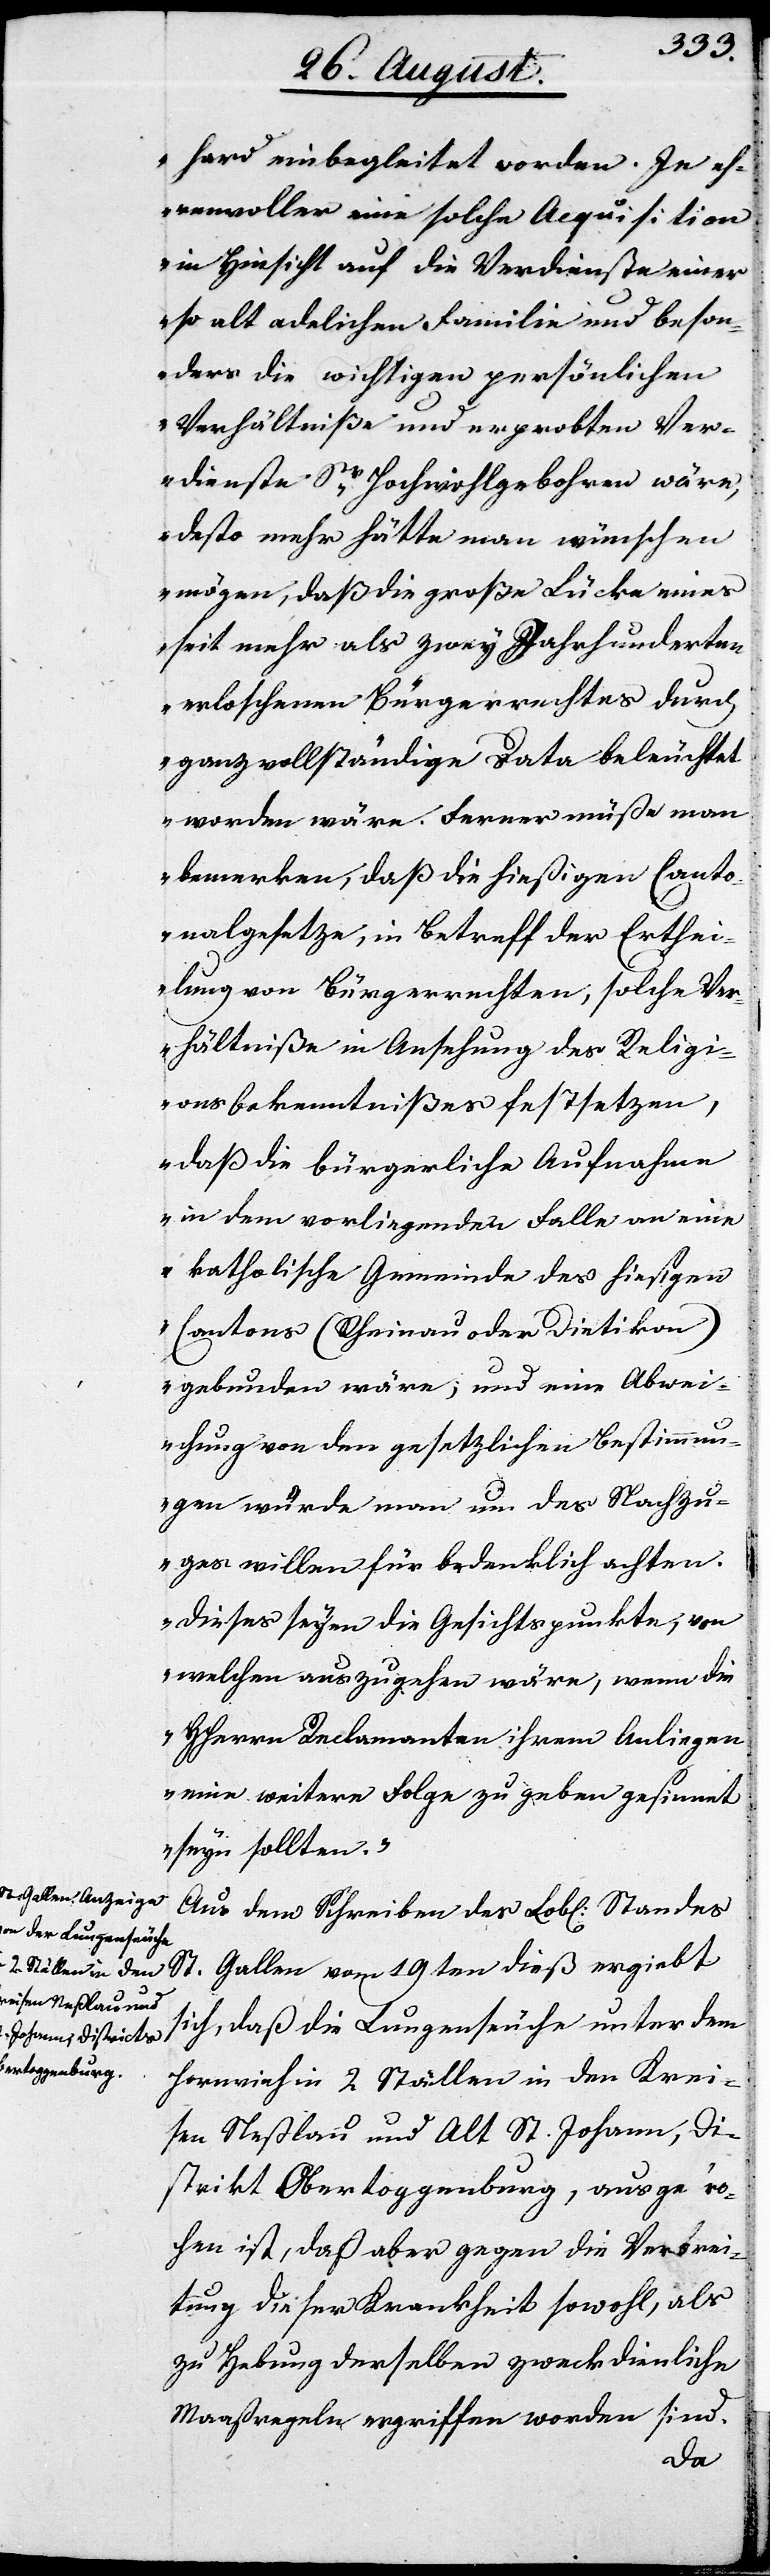
hard einbegleitet worden. Je eh¬
renvoller eine solche Acquisition
in Hinsicht auf die Verdienste einer
so alt adelichen Familie und beson¬
ders die wichtigen persönlichen
Verhältniße und erprobten Ver¬
dienste Sr. Hochwohlgebohren wäre,
desto mehr hätte man wünschen
mögen, daß die große Lücke eines
seit mehr als zwey Jahrhunderten
erloschenen Bürgerrechtes durch
ganz vollständige Data beleuchtet
worden wäre. Ferner müße man
bemerken, daß die hießigen Canto¬
nalgesetze, in Betreff der Erthei¬
lung von Bürgerrechten, solche Ver¬
hältniße in Ansehung des Religi¬
onsbekenntnißes festsetzen,
daß die Bürgerliche Aufnahme
in dem vorliegenden Falle an eine
katholische Gemeinde des hiesigen
Cantons (Rheinau oder Dietikon)
gebunden wäre; und eine Abwei¬
chung von den gesetzlichen Bestimmun¬
gen würde man um des Nachzu¬
ges willen für bedenklich achten.
Dieses seyen die Gesichtspunkte, von
welchen auszugehen wäre, wenn die
HHerren Reclamanten ihrem Anliegen
eine weitere Folge zu geben gesinnt
seyn sollen.“
Aus dem Schreiben des Lobl. Standes
St. Gallen vom 19ten dieß ergiebt
sich, daß die Lungenseuche unter dem
Hornvieh in 2 Ställen in den Krei¬
sen Neßlau und Alt St. Johann, Di¬
strikt Obertoggenburg, ausgebro¬
chen ist, daß aber gegen die Verbrei¬
tung dieser Krankheit sowohl, als
zu Hebung derselben zweckdienliche
Maaßregeln ergriffen worden sind.